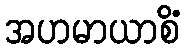
အဟမာယာစိံ